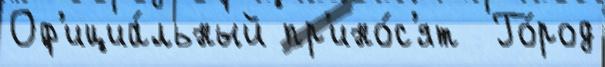
Оф'ициа́льный пр'ино́с'ят  Го́род